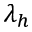
\lambda _ { h }